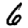
Digit: 6